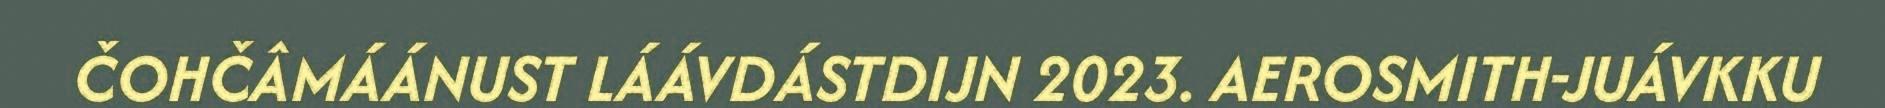
ČOHČÂMÁÁNUST LÁÁVDÁSTDIJN 2023. AEROSMITH-JUÁVKKU